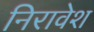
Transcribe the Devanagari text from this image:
निरावेश